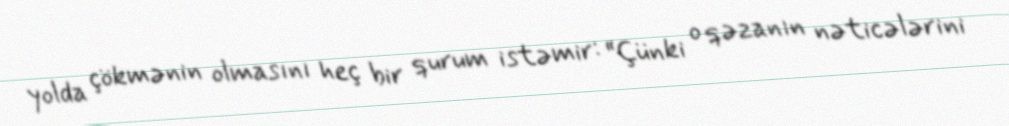
yolda çökmənin olmasını heç bir qurum istəmir: “Çünki o qəzanın nəticələrini